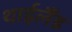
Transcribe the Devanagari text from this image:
थाईलैँड